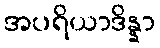
အပရိယာဒိန္နာ